Vital statistics of India. Vol. V, Reports of 1876 on armies & jails and on epidemic cholera
Year: 1876
Disease focus: Cholera
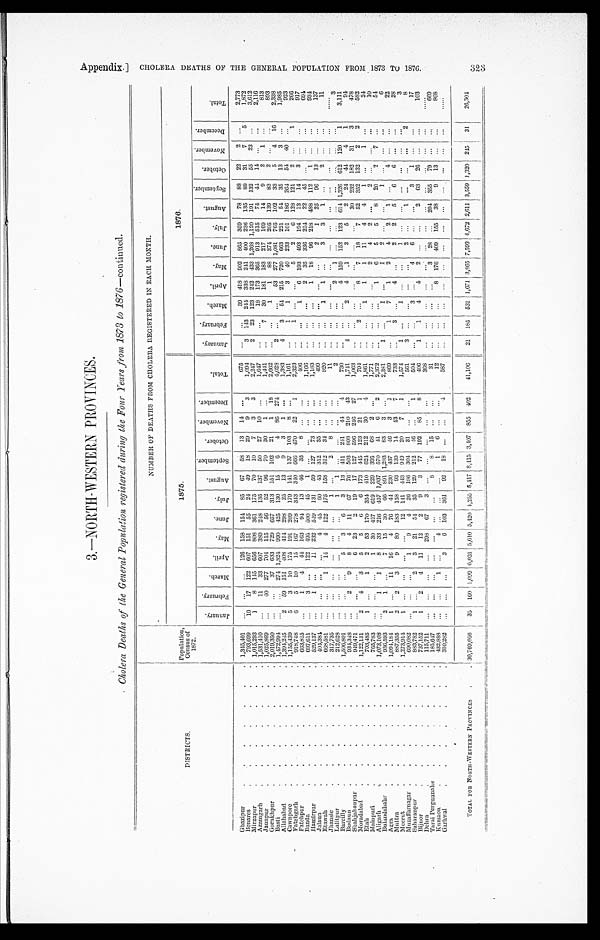
3 . — N O R T H - W E S T E R N P R O V I N C E S .
Cholera Deaths of the General Population registered during the Four Years from 1873 to 1876 — c o n t i n u e d .
NUMBER OF DEATHS FROM CHOLERA REGISTERED IN EACH MONTH.
DISTRICTS,
Population, Census of
1872.
1 8 7 5 .
1876.
J a n u a r y .
F e b r u a r y .
M a r c h . A p r i l .
M a y .
J u n e .
J u l y . A u g u s t .
S e p t e m b e r .
O c t o b e r
N o v e m b e r . D e c e m b e r .
T o t a l .
J a n u a r y .
F e b r u a r y .
M a r c h .
A p r i l .
M a y . J u n e .
J u l y .
A u g u s t .
S e p t e m b e r .
O c t o b e r .
N o v e m b e r . D e c e m b e r .
T o t a l .
Ghazipur
1,345,401
126 158 154 85 67 58 13 14
675
39 418 902 865 359 78 88 22 2
2,773
Benares 793, 699
10 17 122 607 151 55 24 49 18 29 9 3
1,094
3
1 4 3 2 4 4 3 3 8 2 4 1 400 236 135 8 9
3 1 7
5
1 , 8 7 2
Mi rzapur 1,015,293
1 8 145 656 808 361 175 70 10 7 3 3
2,247
2 23 123
2 4 2 4 3 3 1,268 1,120
1 9 1
132 5 5 23
3 , 6 1 2
Azamgarh 1,531,410
11 33 607 389 248 135 137 50 27 10
1,647
18 173 365 913 515 74 44
1 4
2 , 1 1 6
Jaunpur 1,025,869
40 277 704 115 56 52 96 70 30 1
1, 441
7 30 181 183 217 169
1 4 9 2 1
8 1 3
G o r a k h p u r
2,019,350
37 633 729 657 313 151 102 21 1
1 8 2,662
1 1 88 374 205 139 83 2
8 9 3
Basti
1,472,994
274 1,824 990 425 130 15
6 4 86 274
4,028
2
5 3 2 7 7 1 , 0 8 1
7 6 5 1 0 2
33
5 4
1 6 2, 338
Allahabad
1,394,245
2 59 151 408 414 298 25 13 9 3 1
1,383
4 3 54 215 720 663 221 54 35
1 3 3
1 , 9 8 5
C a w n p o r e
1,155,439
5 3 10 175 191 209 179 141 137 103 8
1, 161
1 1 3 40 233 101 186 264 54 40
923
Fat ehgarh 918,748
6 5 10
1 5 167 278 343 340 666 470 22 1
2, 323
1
5 2 6 128 121 2
1
2 6 6
F a t e h p u r 663,815
1 4 44 163 94 13 46 33 8
406
1 6 193 493 194 13 14 3
9 1 7
Banda
697,611
3
122 495 500 45 1
1,166
2 35 336
2 5 4 2 2
45
6 9 4
H a m i r p u r 529,137
1
11 232 549 131 59 127 7 3
1,183
1 18 96 218 488 112 1
934
J a l a u n
404,384
4 45
6 0
4 3 312 35
4 9 9
2 1 25 96 13
137
E t a w a h
668, 581
1 14 4 122 175 158 312 34
820
1 1
3 3 1
2
11
J h a n s i e
3 1 7 , 7 3 5
1
2 8
1 1
L a l i t p u r
212,628
1 1
2
2 1
3
B a r c i l l y 1,506,801
5 3 6 3 13 411 241
4 4 4
7 3 0
4 159 152
1 2 3 6 1 4 1 , 3 2 6 6 1 2 120 1 3,111
B u d a u n
934,348
2 9 8 4 11 67 76 503
8 0 8 210 43
1, 741
4
2 4 1 3 5 2 24 44 4 1
94
Shahj ahanpur 949,471
6 23 2 19 17 127 596 246 27
1, 063
3 0 2 3 2
1 8 2 3 1 3
4 7 8
M o r a d a b a d
1,122,131
2 4 3 5 5 6 6 173 445 123 21 1
7 9 4
2
8 7 1 8 7 5 2 3 5 2
1 3 2 2
2
5 8 2
Etah 703, 485
1
1 2 53 170 354 410 624 212 30 4
1, 861
1
1
1 1 1 4
4
1 1
2 4
Mai npuri 765,783
1 30 427 619 229 395
6 8 2
1,771
2 4 2
2
1 0
Aligarh
1,073,108
1 1 8 33 216 457 1,037 570 41 6
2
2 , 3 7 2
1 6 5 5 8 20
2 7
5 4
Bul andshahr 936,593
2 1
7 15 30 66 891 1,283 83 3
2, 381
1
1
1 2
1
6
Agra 1,094,184
1
11 16 4 76
4 4 230 437 46 3
1
8 6 9
1
7 1 2
4 2 1
4
22
Muttra
887,355
2 2 3 9
8 0 183 158 93 139 14 43 7
7 3 3
3
4
2 2
5
6 6
2 8
M e e r u t
1,273,914
1
12 141
4 4 3 949 20 7 1
1, 574
1
1
1
3
M u z a f f a r n a g a r
690,082
1 9 4 26 186 304 31
561
3
2
1
2
8
S a h a r a n p u r
883, 782
1
2 3 21 54 35 129 212
4 6
1
504
3
4 6
3 1
1 7
B i j n o r
737,152
1 2
4 11 12 2 9 3 77 192 85 8
406
1
1 4 4 2
2 63 26
2
Dehra
115,711
2 9 8 6 7 3
3 6 8
Tar ai Per gunnahs 185, 647
8 8 15
3 1
3 2 8
2 0 4 3 5 5 7 9
6 6 9
Kumaon 432,888
1
4
1 6
1 2
8 176 409 155
3 8 9 1 3
8 0 8
Garhwal
310,282
3 6
92 18
587
TOTAL FOR NORTH-WESTERN PROVINCES 30,769,056 35 160 1,099 6,031 5,610 5 , 4 2 0 4,255 5,417 8,415 3,407 855 402 41,106 21 185 531 1,671 3,865 7,593 4,672 2,611 3,559 1,320 245 31 20, 304
Appendix.] CHOLERA DEATHS OF THE GENERAL POPULATION FROM 1873 TO 1876. 323